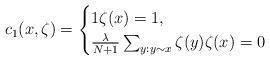
LaTeX: \begin{align*}c_1(x,\zeta)=\begin{cases}1 \zeta(x)=1,\\\frac{\lambda}{N+1}\sum_{y:y\sim x}\zeta(y) \zeta(x)=0\end{cases}\end{align*}